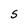
Character: S